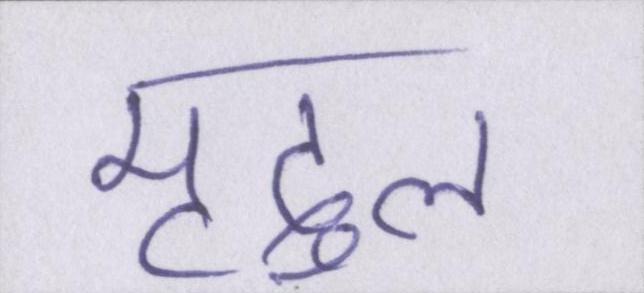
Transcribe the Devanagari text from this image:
मृदुल